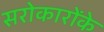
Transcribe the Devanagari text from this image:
सरोकारोंके